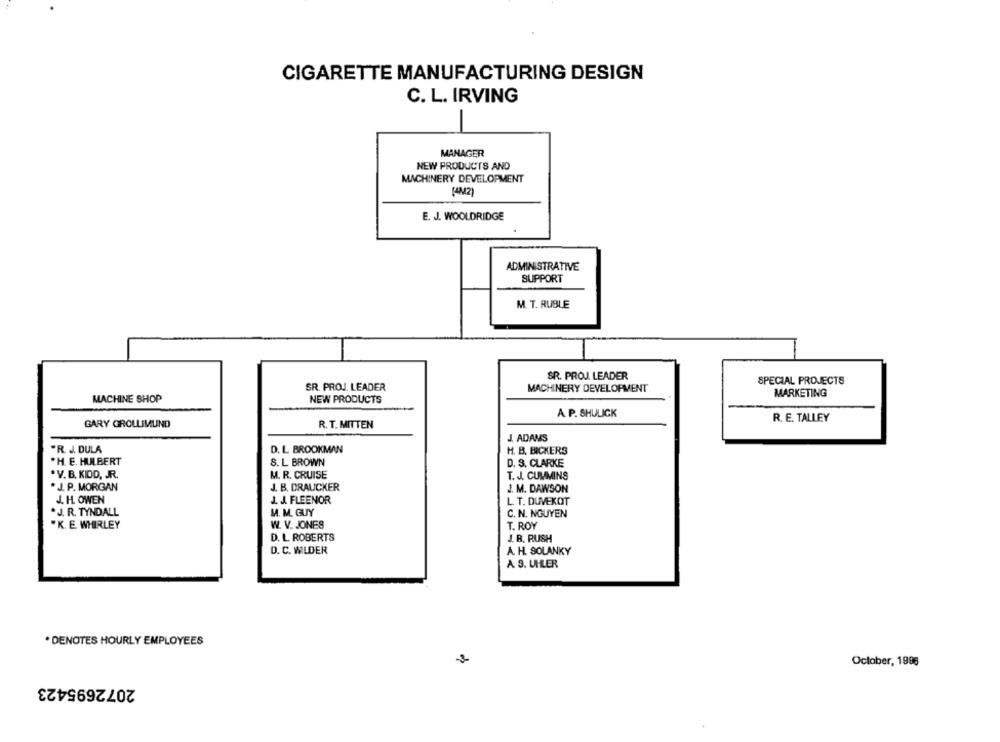
CIGARETTE MANUFACTURING DESIGN
C. L. IRVING
-
MANAGER
NEW PRODUCTS AND
MACHINERY DEVELOPMENT
(4M2)
E. J. WOOLDRIDGE
ADMINISTRATIVE
SUPPORT
M. T. RUBLE
SR. PROJJ. LEADER
SPECIAL PROJECTS
SR. PROJ. LEADER
MACHINERY DEVELOPMENT
MARKETING
MACHINE SHOP
NEW PRODUCTS
A P. SHULICK
GARY GROLLIMUND
R. T. MITTEN
R. E. TALLEY
J. ADAMS
.R. J. DULA
D. L BROOKMAN
H. B. BICKERS
.H. E. HULBERT
S. L. BROWN
D. 3. CLARKE
. V. B. KIDD, JR.
M. R. CRUISE
T. J. CUMMINS
. J. P. MORGAN
J. B. DRAUCKER
J. M. DAWSON
J. H. OWEN
J. J. FLEENOR
L. T. DUVEKOT
.J. R. TYNDALL
M. M. GUY
C. N. NGUYEN
.K. E. WHIRLEY
W. V. JONES
T. ROY
D. L. ROBERTS
J. B. RUSH
D. C. WILDER
A. H. SOLANKY
A S. UHLER
* DENOTES HOURLY EMPLOYEES
October, 1986
2072695423